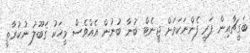
ބަގީޗާއިން ޕަރީ ފެންނަކަމަށް ޖީނެޓް ބުނާ ބުނުން އެއްވެސް މީހަކު ޤަބޫލު ނުކުރާތީ